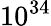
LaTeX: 10^{34}